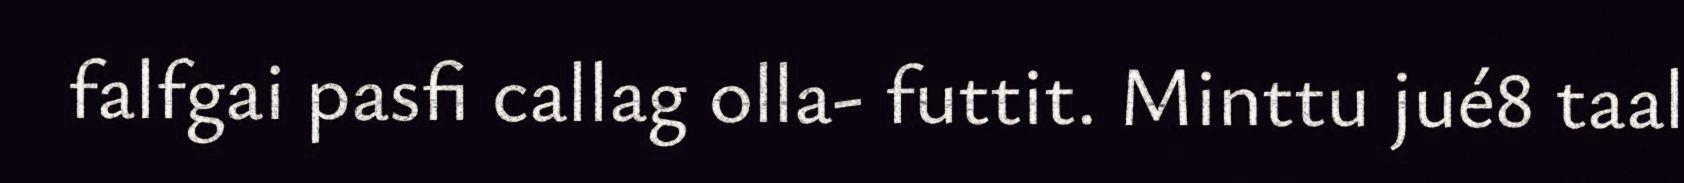
falfgai pasfi callag olla- futtit. Minttu jué8 taal